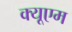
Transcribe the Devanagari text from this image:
क्यूएम